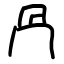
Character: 冎